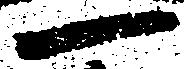
一